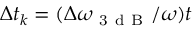
\Delta t _ { k } = ( \Delta \omega _ { \mathrm { ~ 3 ~ d ~ B ~ } } / \omega ) t